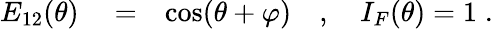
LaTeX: \begin{array}{rlr}{E_{12}(\theta)}&{{}=}&{\cos(\theta+\varphi)\quad,\quad I_{F}(\theta)=1\; .}\end{array}